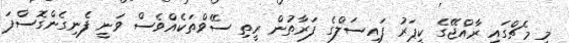
މި މެޗްގައި ރާއްޖޭގެ ކީޕަރު ފައިސަލްގެ ފަރާތުން ރީތި ސޭވްތަކެއްވެސް ވަނީ ފެނިގެންގޮސްފަ